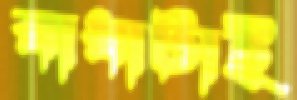
বাধাটাই